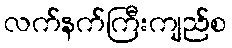
လက်နက်ကြီးကျည်စ